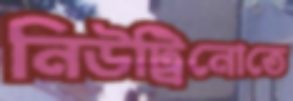
নিউট্রিনোতে